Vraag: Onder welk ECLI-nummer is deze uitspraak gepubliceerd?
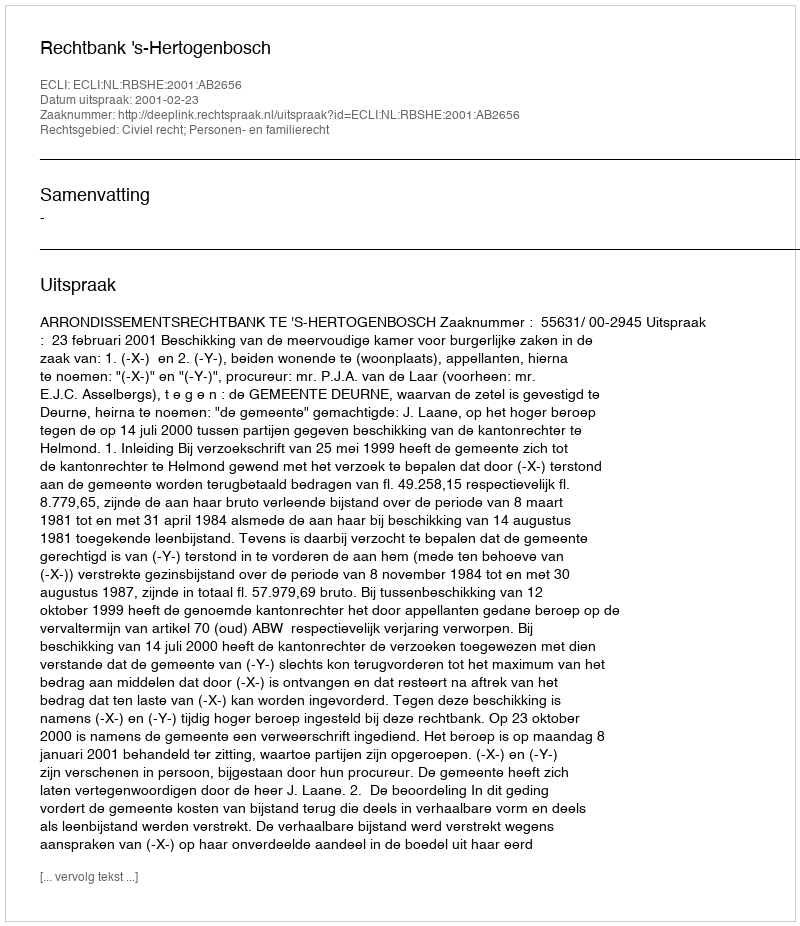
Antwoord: ECLI:NL:RBSHE:2001:AB2656